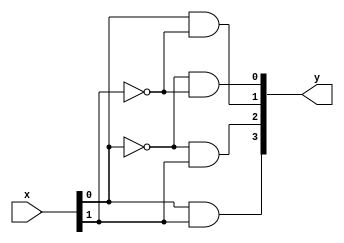
module decoder2to4(x,y);
input [1:0]x;
output[3:0]y;
assign y[0]= ~x[0] & ~x[1];
assign y[1]= x[0] & ~x[1];
assign y[2]= ~x[0] & x[1];
assign y[3]=  x[0] & x[1];
endmodule